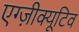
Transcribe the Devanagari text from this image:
एग्ज़ीक्यूटिव